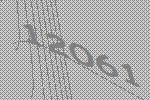
12061